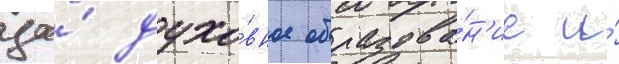
за́ духо́вное образова́н'ие и́